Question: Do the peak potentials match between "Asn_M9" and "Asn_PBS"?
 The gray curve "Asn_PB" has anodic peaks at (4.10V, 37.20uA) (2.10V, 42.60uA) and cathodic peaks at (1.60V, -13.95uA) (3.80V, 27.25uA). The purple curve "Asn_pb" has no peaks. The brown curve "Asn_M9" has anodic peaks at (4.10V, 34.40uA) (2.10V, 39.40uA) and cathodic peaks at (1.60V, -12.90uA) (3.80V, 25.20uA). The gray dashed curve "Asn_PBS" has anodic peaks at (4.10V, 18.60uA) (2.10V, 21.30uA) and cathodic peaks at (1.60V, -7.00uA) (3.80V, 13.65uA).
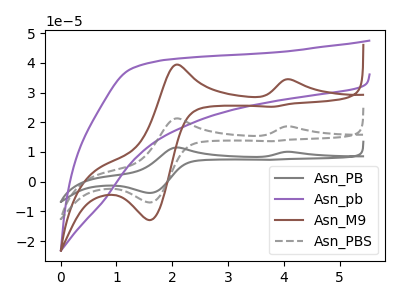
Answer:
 <answer>Yes, "Asn_M9" have a peak in "Asn_PBS" at the same potential.</answer>
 <eval>match</eval>